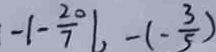
- \vert - \frac { 2 0 } { 7 } \vert , - ( - \frac { 3 } { 5 } )